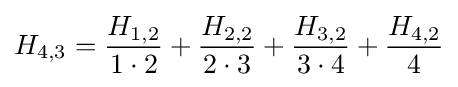
H_{4,3}={\frac {H_{1,2}}{1\cdot 2}}+{\frac {H_{2,2}}{2\cdot 3}}+{\frac {H_{3,2}}{3\cdot 4}}+{\frac {H_{4,2}}{4}}